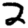
Digit: 2